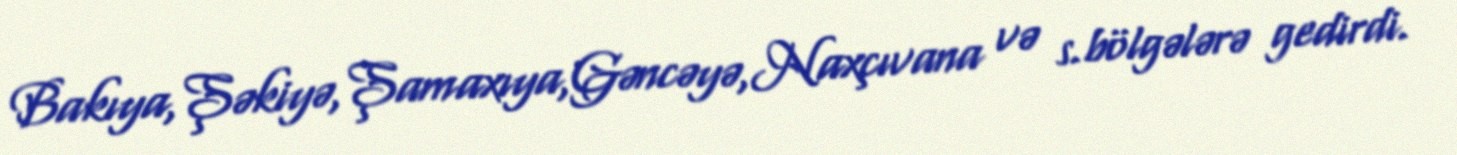
Bakıya,Şəkiyə,Şamaxıya,Gəncəyə,Naxçıvana və s.bölgələrə gedirdi.